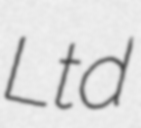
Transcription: Ltd